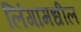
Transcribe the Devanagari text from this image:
लिंगामधील